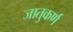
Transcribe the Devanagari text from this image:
जातुकर्ण